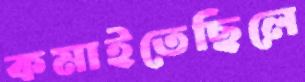
কমাইতেছিলে